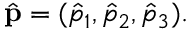
\hat { \bf p } = ( \hat { p } _ { 1 } , \hat { p } _ { 2 } , \hat { p } _ { 3 } ) .